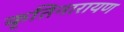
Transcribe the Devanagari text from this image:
कृतिनारायण